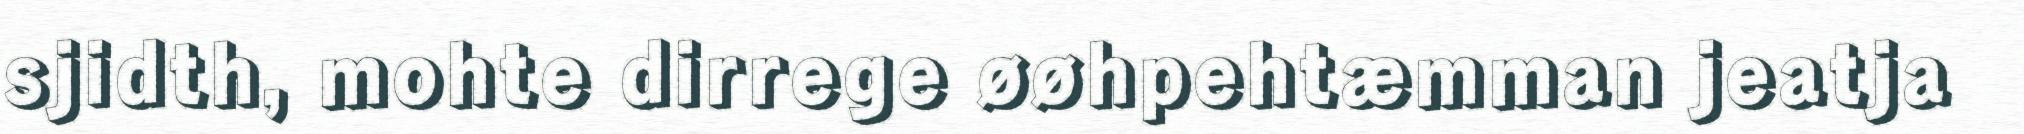
sjidth, mohte dirrege øøhpehtæmman jeatja